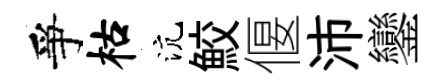
爭枯沆鮫偃沛鑾